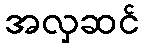
အလှဆင်